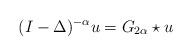
LaTeX: \begin{align*}(I-\Delta)^{-\alpha} u = G_{2\alpha}\star u\end{align*}